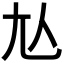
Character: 𡯈